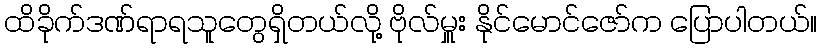
ထိခိုက်ဒဏ်ရာရသူတွေရှိတယ်လို့ ဗိုလ်မှူး နိုင်မောင်ဇော်က ပြောပါတယ်။